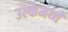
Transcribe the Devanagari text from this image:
उल्केमध्ये